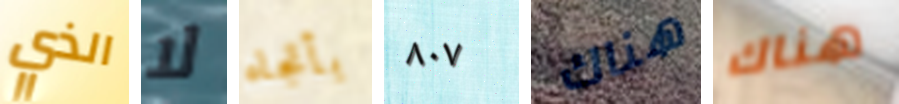
الذي لا بأتجاه ٨٠٧ هناك هناك